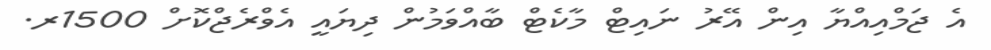
އެ ޖަމްއިއްޔާ އިން އޭރު ނައިޓް މާކެޓް ބާއްވަމުން ދިޔައީ އެވްރެޖްކޮށް 1500ރ.